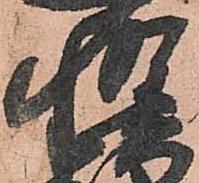
惶